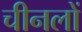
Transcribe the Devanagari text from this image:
चीनलों